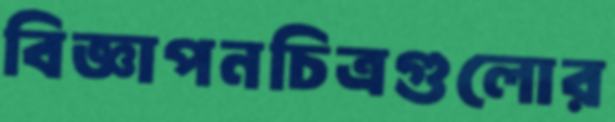
বিজ্ঞাপনচিত্রগুলোর